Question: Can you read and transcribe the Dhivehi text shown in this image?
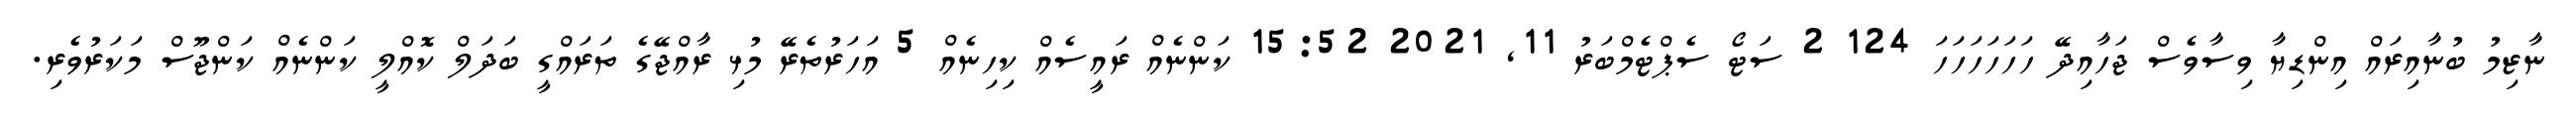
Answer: ނާޒިމު ބުނާއިރައް އިންޑިޔާ ވިސާވެސް ޖަހާއިދޭ ހަހަހަހަހަހަ 124 2 ސަޓޯ ސެޕްޓެމްބަރު 11, 2021 15:52 ކަންނެއް ރައީސެއް ކިހިނެއް 5 އަހަރުތެރޭ މުޅި ރާއްޖޭގެ ތަރައްގީ ބަދަލް ކޮއްލީ ކަންނެއް ކަންޖޫސް މަކަރުވެރި.